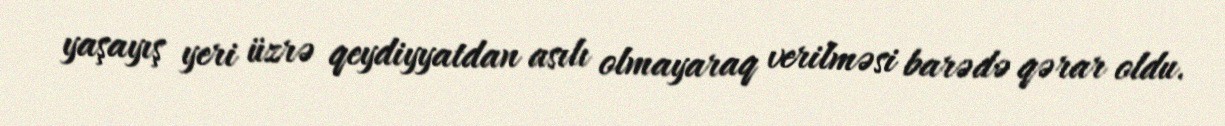
yaşayış yeri üzrə qeydiyyatdan asılı olmayaraq verilməsi barədə qərar oldu.